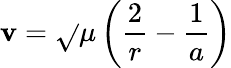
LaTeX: \mathbf{v}={\sqrt{}{{\mu\left({\frac{{2}}{{r}}}-{\frac{{1}}{{a}}}\right)}}}